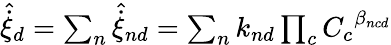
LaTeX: \begin{array}{r}{{\hat{\dot{\xi}}}_{d}=\sum_{n}{\hat{\dot{\xi}}}_{nd}=\sum_{n}k_{nd}\prod_{c}{C_{c}}^{\beta_{ncd}}}\end{array}